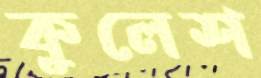
কুলেশ